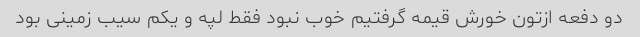
دو دفعه ازتون خورش قیمه گرفتیم خوب نبود فقط لپه و یکم سیب زمینی بود